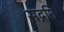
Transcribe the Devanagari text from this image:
सद्नति